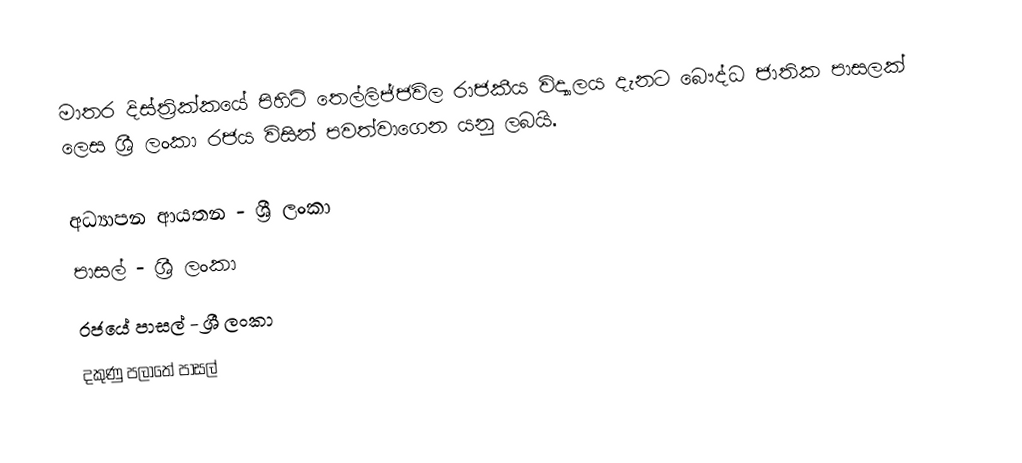
මාතර දිස්ත්‍රික්කයේ පිහිටි තෙල්ලිජ්ජවිල රාජකීය විද්‍යාලය දැනට බෞද්ධ ජාතික පාසලක් ලෙස ශ්‍රී ලංකා රජය විසින් පවත්වාගෙන යනු ලබයි.

අධ්‍යාපන ආයතන - ශ්‍රී ලංකා
පාසල් - ශ්‍රී ලංකා
රජයේ පාසල් - ශ්‍රී ලංකා
දකුණු පලාතේ පාසල්